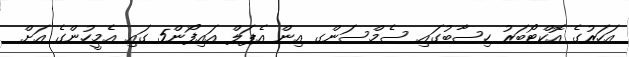
އަހަރުގެ އޮކްޓޯބަރު ހިސާބުގައި ސެމްސަންގ އިން އެޕަލް އައިފޯން5 ގައި އެމީހުންގެ އަށް